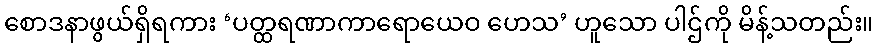
စောဒနာဖွယ်ရှိရကား ‘ပတ္ထရဏာကာရောယေဝ ဟေသ’ ဟူသော ပါဌ်ကို မိန့်သတည်း။